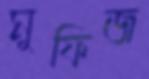
মুফিজ